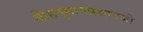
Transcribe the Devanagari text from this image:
श्रीहनुमानप्रसादजी